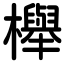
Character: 櫸